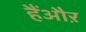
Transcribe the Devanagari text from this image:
हैंऔऱ